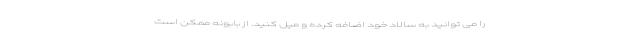
را می توانید به سالاد خود اضافه کرده و میل کنید. از بابونه ممکن است